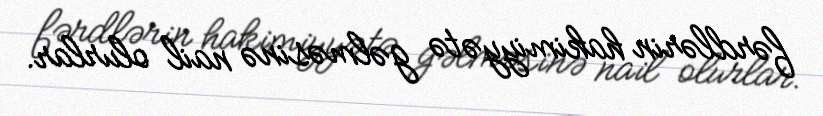
fərdlərin hakimiyyətə gəlməsinə nail olurlar.